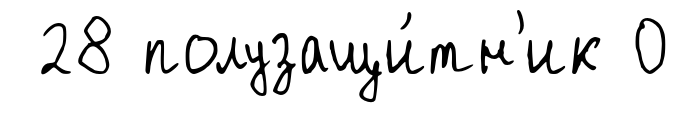
28 полузащи́тн'ик 0